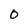
Character: 0